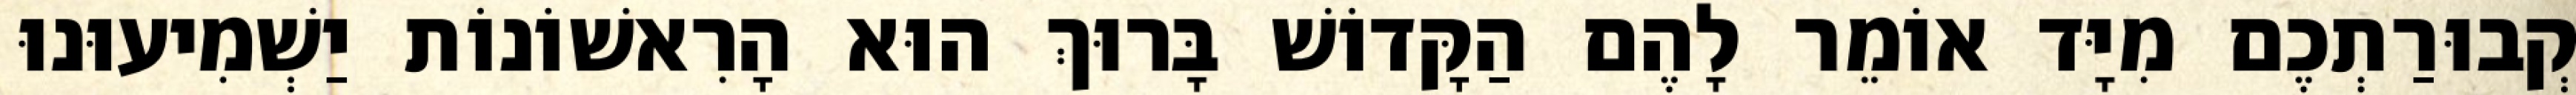
קְבוּרַתְכֶם מִיָּד אוֹמֵר לָהֶם הַקָּדוֹשׁ בָּרוּךְ הוּא הָרִאשׁוֹנוֹת יַשְׁמִיעוּנוּ